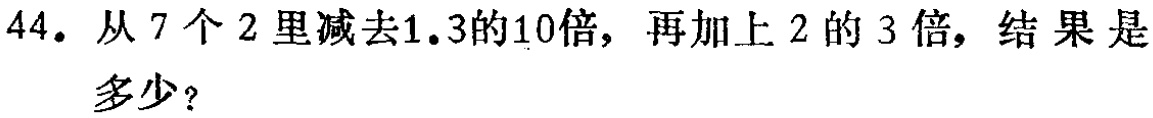
44. 从7个2里减去1.3的10倍，再加上2的3倍，结果是多少？